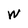
Character: W